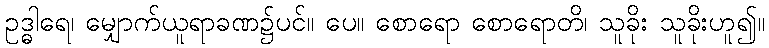
ဥဒ္ဓါရေ၊ မျှောက်ယူရာခဏ၌ပင်။ ပေ။ စောရော စောရောတိ၊ သူခိုး သူခိုးဟူ၍။